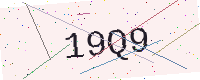
Text: 19Q9